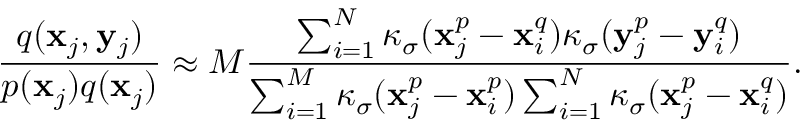
\frac { q ( \mathbf { x } _ { j } , \mathbf { y } _ { j } ) } { p ( \mathbf { x } _ { j } ) q ( \mathbf { x } _ { j } ) } \approx M \frac { \sum _ { i = 1 } ^ { N } \kappa _ { \sigma } ( \mathbf { x } _ { j } ^ { p } - \mathbf { x } _ { i } ^ { q } ) \kappa _ { \sigma } ( \mathbf { y } _ { j } ^ { p } - \mathbf { y } _ { i } ^ { q } ) } { \sum _ { i = 1 } ^ { M } \kappa _ { \sigma } ( \mathbf { x } _ { j } ^ { p } - \mathbf { x } _ { i } ^ { p } ) \sum _ { i = 1 } ^ { N } \kappa _ { \sigma } ( \mathbf { x } _ { j } ^ { p } - \mathbf { x } _ { i } ^ { q } ) } .